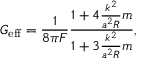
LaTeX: G _ { \mathrm { e f f } } = { \frac { 1 } { 8 \pi F } } { \frac { 1 + 4 { \frac { k ^ { 2 } } { a ^ { 2 } R } } m } { 1 + 3 { \frac { k ^ { 2 } } { a ^ { 2 } R } } m } } ,